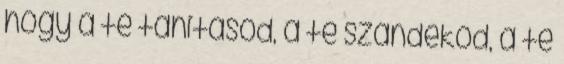
hogy a te tanításod, a te szándékod, a te